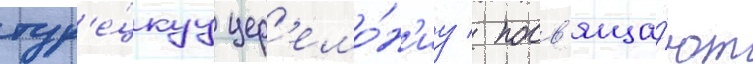
тур'е́цкуу цер'емо́н'иу / посв'яща́ют